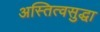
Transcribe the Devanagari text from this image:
अस्तित्वसुद्धा